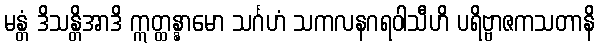
မန္တံ ဒိသန္တိအာဒိ ဣတ္ထန္နာမော သင်္ဂဟံ သကလနဂရဝါသီဟိ ပရိဗ္ဗာဇကသတာနိ